Report on plague and inoculation in the Punjab from October 1st ... to September 30th..., being the ... season of plague in the province
Disease focus: Plague
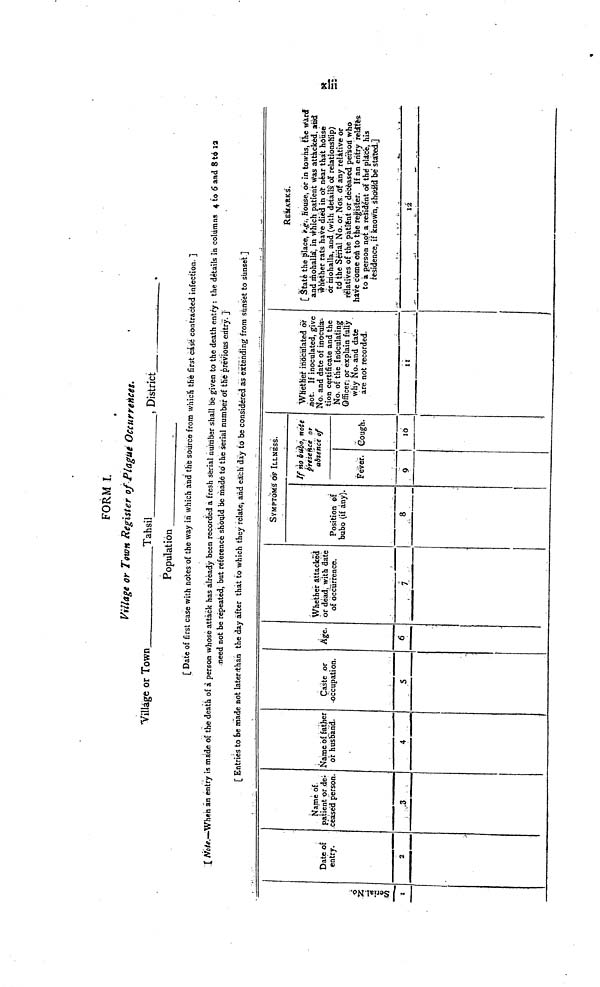
Xiii
FORM I.
Village or Town Register of Plagué Occurrences.
Village or Town
Tahsil
, District
.
Population
[ Date of first case with notes of the way in which and the source from which the first casé contracted infection. ]
[ Note.—When an entry is made of the death of à person whose attack has already been recorded a fresh serial number shall be given to the death entry : the details in columns 4 to 6 and 8 td 12
need not be repeated, but reference should be made to the serial number of the previous eritry. ]
[ Entries to be made not later than the day after that to which they relate, and each day to be considered as extending from sunset to sunset ]
Serial No.
1
Date of
entry.
2
Name of
patient or de-
ceased person.
3
Name of father
or husband.
4
Caste or
occupation.
5
Age.
6
Whether attacked
or dead, with date
of occurrence.
7
SYMPTOMS OF ILLNESS.
Position of
bubo (if any).
8
If no bubo, note
Presence or
absence of
Fever.
9
Cough.
10
Whether inoculated or
not. If inoculated, give
No. and date of inocula-
tion certificate and the
No. of the Inoculating
Officer; pr explain fully
why Ño. and date
are not recorded.
11
REMARKS.
[ State the place, e.g., house, or in towns, the ward
and mohallá, in which patient was attacked, and
whether rats have died in or near that house
or mohalla, and (with details or relationship)
to the Serial No. or Nos. Of any relative or
relatives of the patient or deceased person who
have come on to the register. If an entry relates
to a person not a resident of the place, his
residence, if known, should be stated.]
12